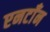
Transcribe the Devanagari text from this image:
एनटाँन